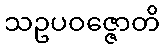
သဥပဝဇ္ဇောတိ